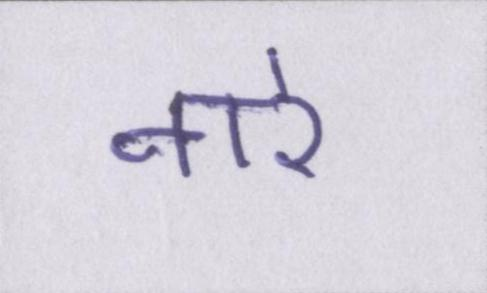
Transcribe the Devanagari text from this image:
नारे